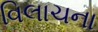
વિલાચના